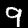
Digit: 9